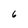
Character: 6